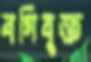
বগিযুক্ত